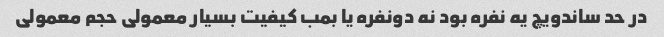
در‌ حد ساندویچ یه نفره بود نه دونفره یا بمب کیفیت بسیار معمولی حجم معمولی